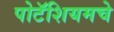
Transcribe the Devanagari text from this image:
पोटॅशियमचे